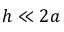
h \ll 2 a